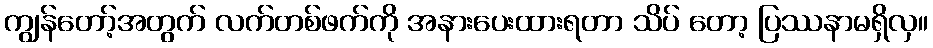
ကျွန်တော့်အတွက် လက်တစ်ဖက်ကို အနားပေးထားရတာ သိပ် တော့ ပြဿနာမရှိလှ။